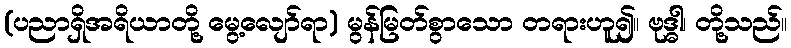
(ပညာရှိအရိယာတို့ မွေ့လျော်ရာ) မွန်မြတ်စွာသော တရားဟူ၍။ ဗုဒ္ဓါ၊ တို့သည်။